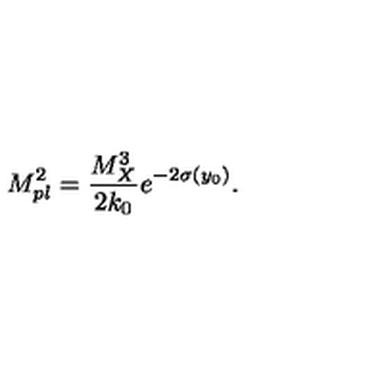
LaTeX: M _ { p l } ^ { 2 } = { \frac { M _ { X } ^ { 3 } } { \displaystyle { 2 k _ { 0 } } } } e ^ { - 2 \sigma ( y _ { 0 } ) } . \,